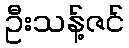
ဦးသန့်ဇင်